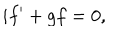
i f ^ { \prime } + g f = 0 ,